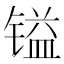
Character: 镒